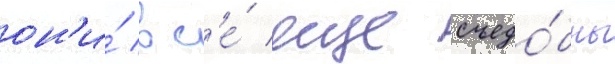
он'и́ вс'е́ еще съедо́бны